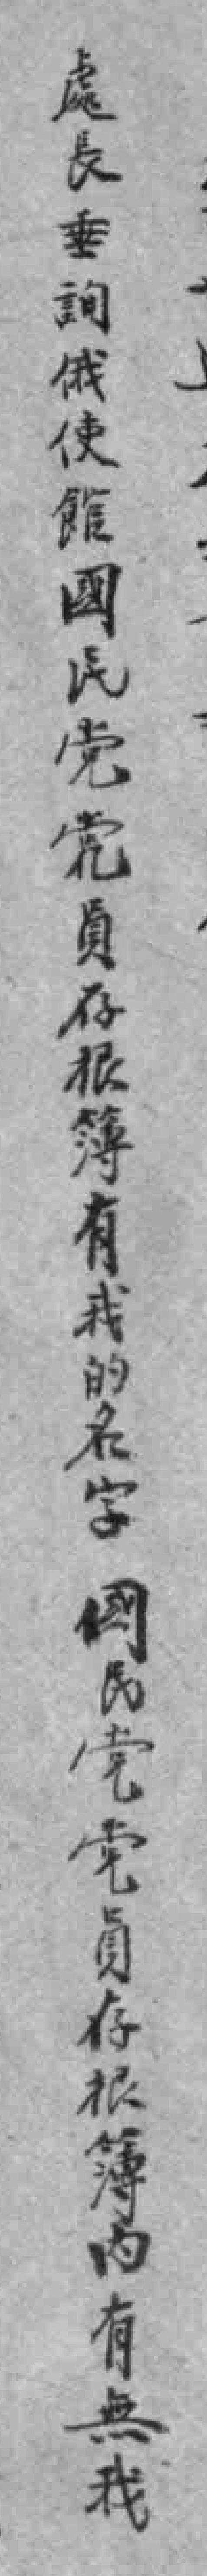
處長垂詢俄使館國民党員存根簿有我的名字  國民党党員存根簿内有無我